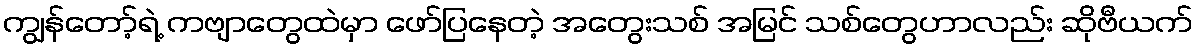
ကျွန်တော့်ရဲ့ ကဗျာတွေထဲမှာ ဖော်ပြနေတဲ့ အတွေးသစ် အမြင် သစ်တွေဟာလည်း ဆိုဗီယက်